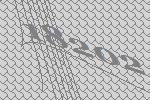
18202